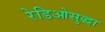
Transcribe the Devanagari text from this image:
रेडिओसुद्धा